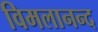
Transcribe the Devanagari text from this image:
विमलानन्द